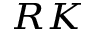
_ { R K }